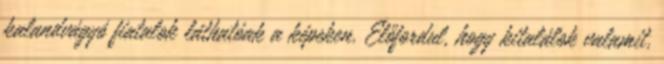
kalandvágyó fiatalok láthatóak a képeken. Előfordul, hogy kitalálok valamit,